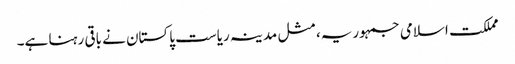
مملکت اسلامی جمہوریہ، مثل مدینہ ریاست پاکستان نے باقی رہنا ہے۔